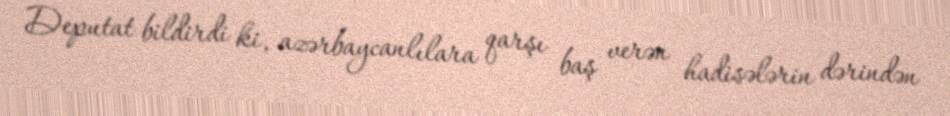
Deputat bildirdi ki, azərbaycanlılara qarşı baş verən hadisələrin dərindən